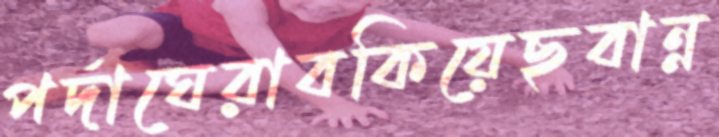
পর্দাঘেরাবকিয়েছবান্ন